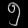
Digit: ၅